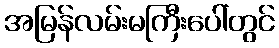
အမြန်လမ်းမကြီးပေါ်တွင်